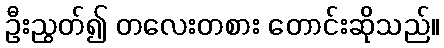
ဦးညွတ်၍ တလေးတစား တောင်းဆိုသည်။